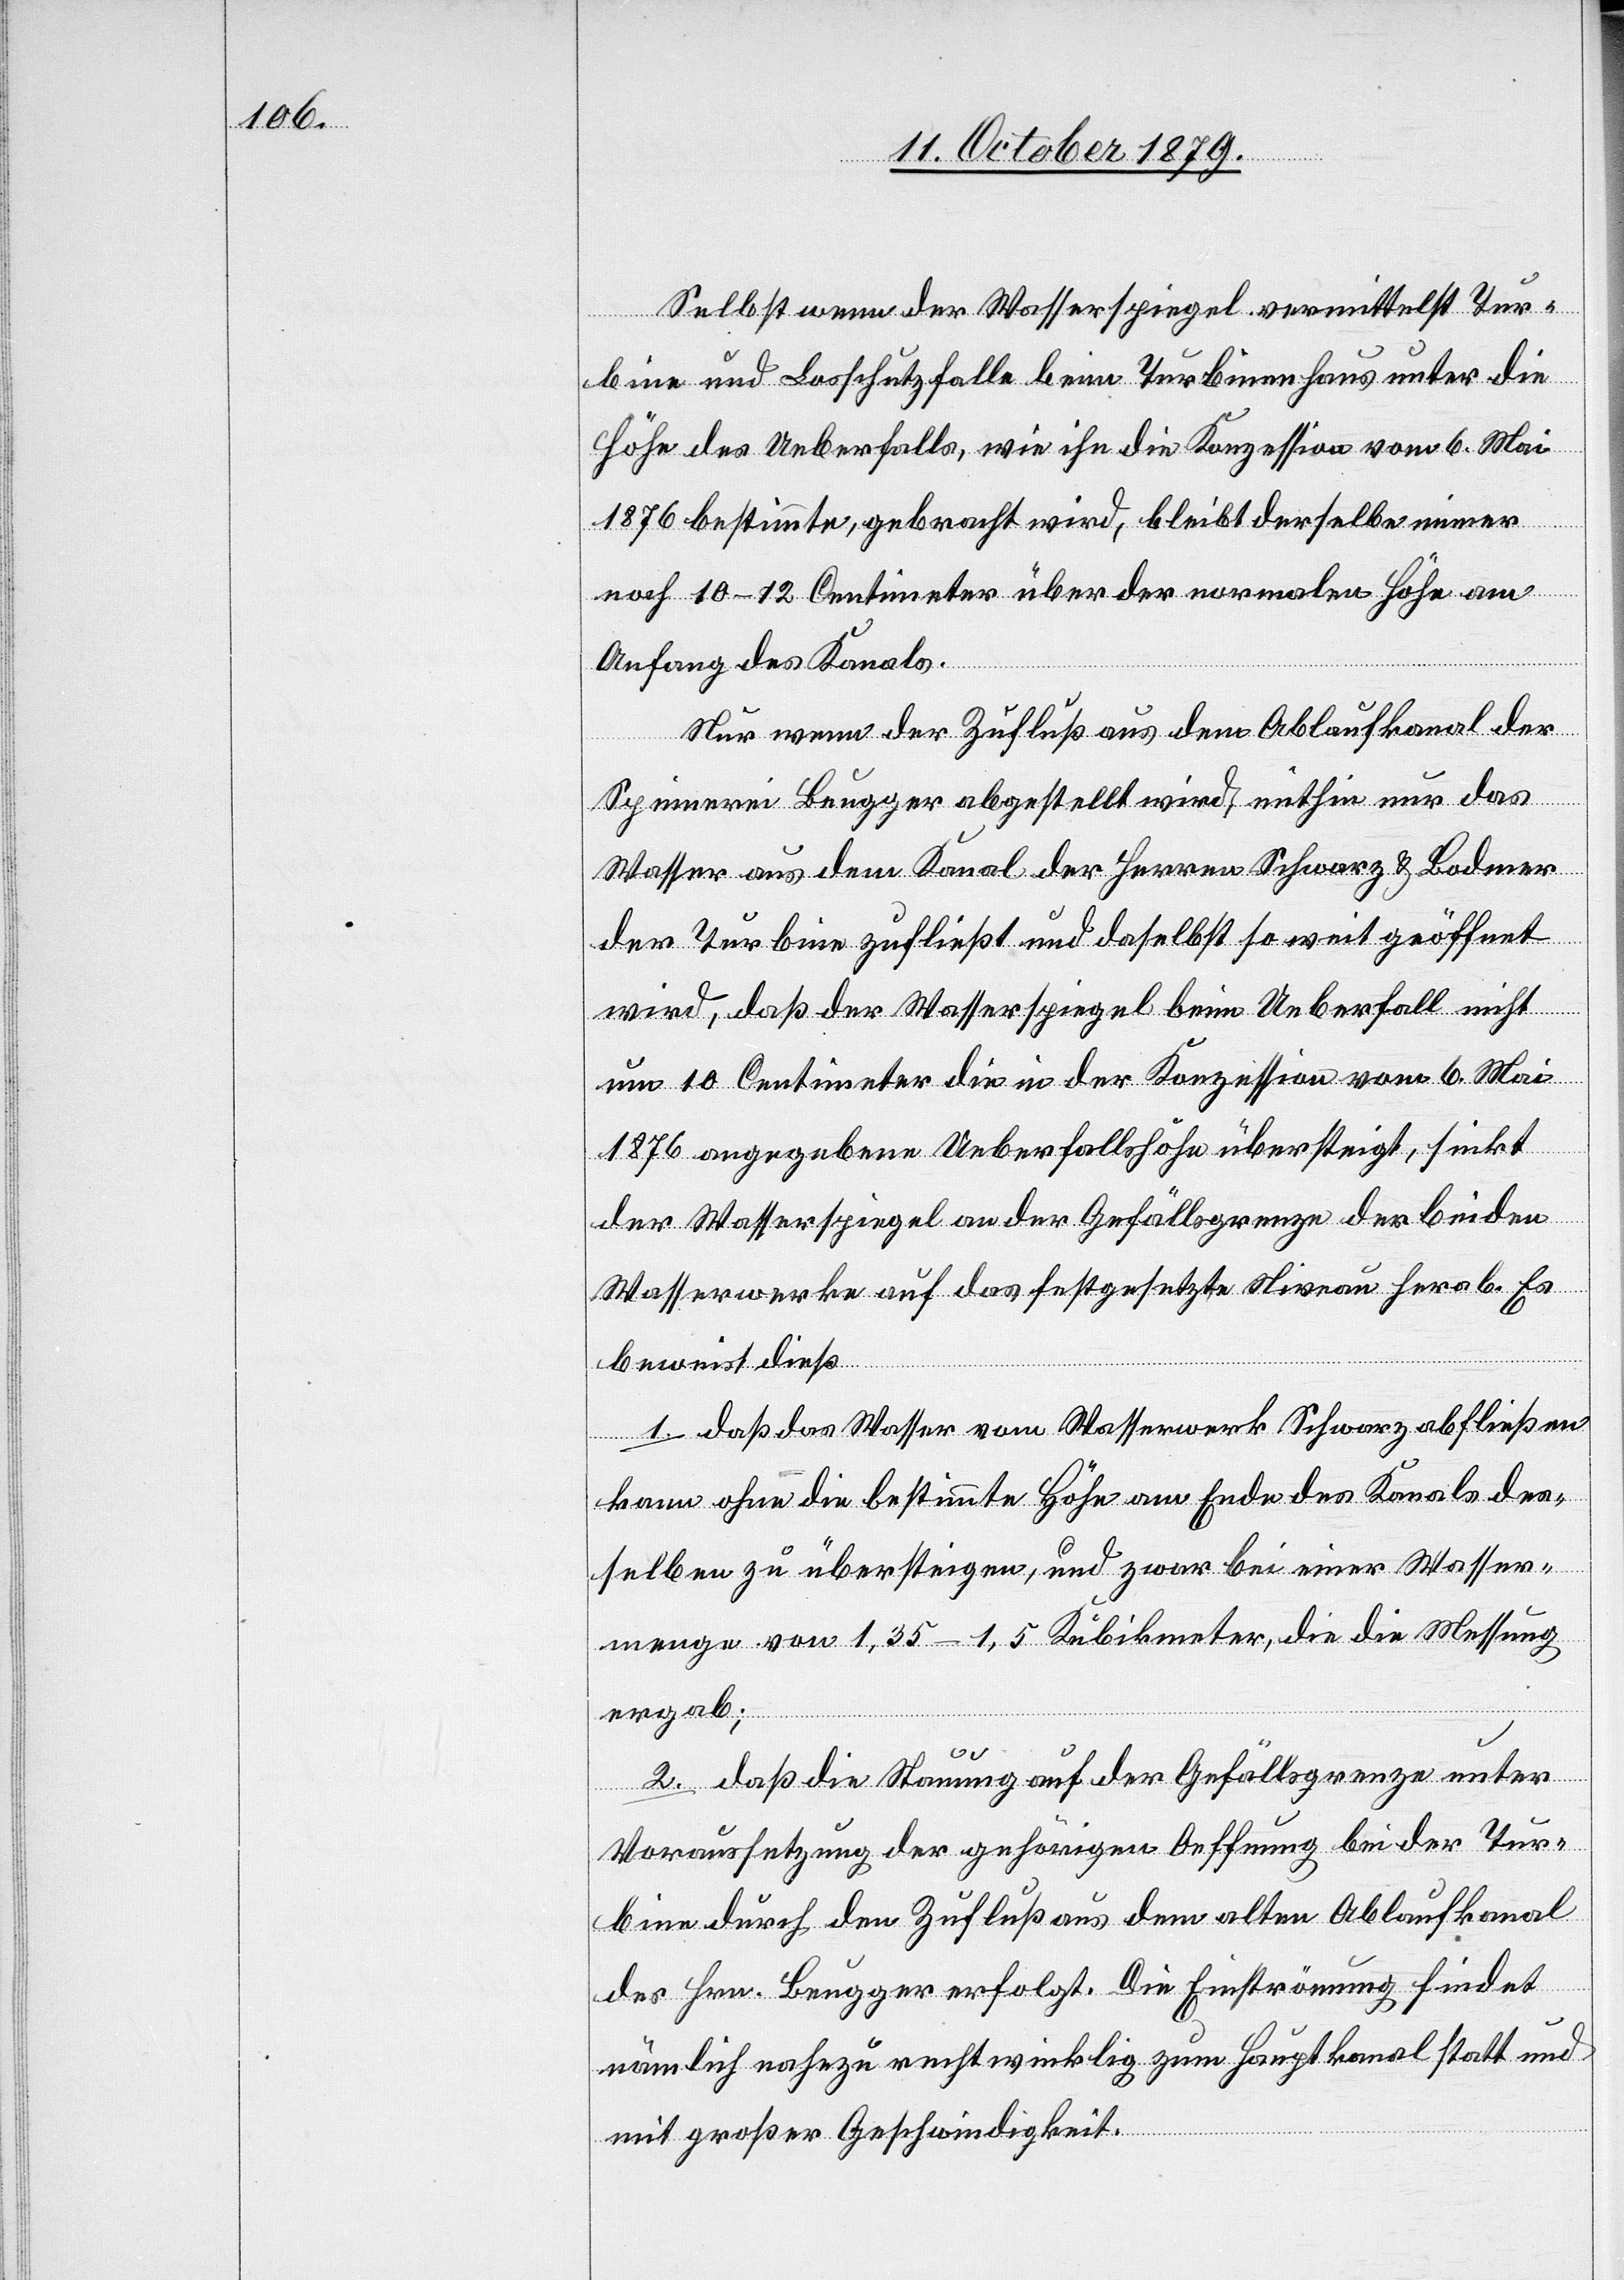
Selbst wenn der Wasserspiegel vermittelst Tur¬
bine und Losschutzfalle beim Turbinenhaus unter die
Höhe des Ueberfalls, wie ihn die Konzession vom 6. Mai
1876 bestimmte, gebracht wird, bleibt derselbe immer
noch 10–12 Centimeter über der normalen Höhe am
Anfang des Kanals.
Nur wenn der Zufluß aus dem Ablaufkanal der
Spinnerei Beugger abgestellt wird, mithin nur das
Wasser aus dem Kanal der Herren Schwarz & Bodmer
der Turbine zufließt und daselbst so weit geöffnet
wird, daß der Wasserspiegel beim Ueberfall nicht
um 10 Centimeter die in der Konzession vom 6. Mai
1876 angegebene Ueberfallhöhe übersteigt, sinkt
der Wasserspiegel an der Gefällsgrenze der beiden
Wasserwerke auf das festgesetzte Niveau herab. Es
beweist dieß
1. daß das Wasser vom Wasserwerk Schwarz abfließen
kann ohne die bestimmte Höhe am Ende des Kanals des¬
selben zu übersteigen, und zwar bei einer Wasser¬
menge von 1,35–1,5 Kubikmeter, die die Messung
ergab;
2. daß die Stauung auf der Gefällsgrenze unter
Voraussetzung der gehörigen Oeffnung bei der Tur¬
bine durch den Zufluß aus dem alten Ablaufkanal
des Hrn. Beugger erfolgt. Die Einströmung findet
nämlich nahezu rechtwinklig zum Hauptkanal statt und
mit großer Geschwindigkeit.